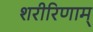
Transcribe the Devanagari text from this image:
शरीरिणाम्